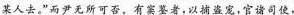
某人去，”而尹无所可否。有窦鉴者，以捕盗宠，官诸司使，